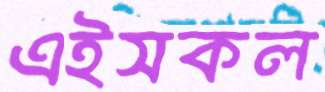
এইসকল